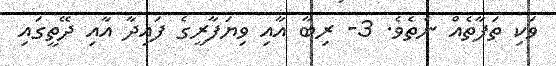
ވަކި ތަފާތެއް ނެތެވެ. 3- ރިބާ އާއި ވިޔަފާރީގެ ފައިދާ އާއި ދޭތީގައި